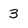
Character: 3